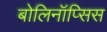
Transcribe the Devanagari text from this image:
बोलिनॉप्सिस